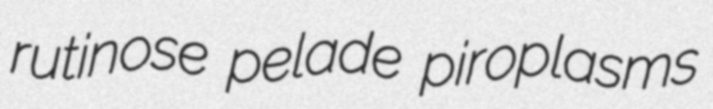
rutinose pelade piroplasms